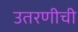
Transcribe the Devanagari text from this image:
उतरणीची